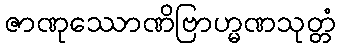
ဇာဏုဿောဏိဗြာဟ္မဏသုတ္တံ